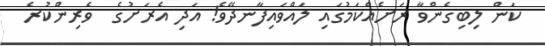
ކަން ލިބިގެންވާ ރަށެއްކަމުގައި ލައްވައިފާނދޭވެ! އަދި އެރަށުގެ  ވެރިންކުރެ